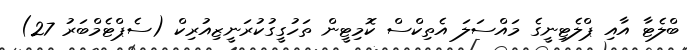
ބްލެޓާ އާއި ޕްލެޓިނީގެ މައްސަލަ އެތިކްސް ކޮމިޓީން ތަހުގީގުކުރަނީޒިއުރިކް (ސެޕްޓެމްބަރު 27)